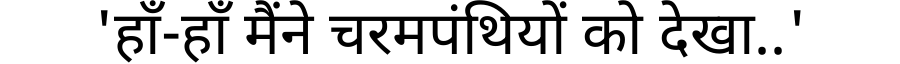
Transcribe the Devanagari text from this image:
'हाँ-हाँ मैंने चरमपंथियों को देखा..'